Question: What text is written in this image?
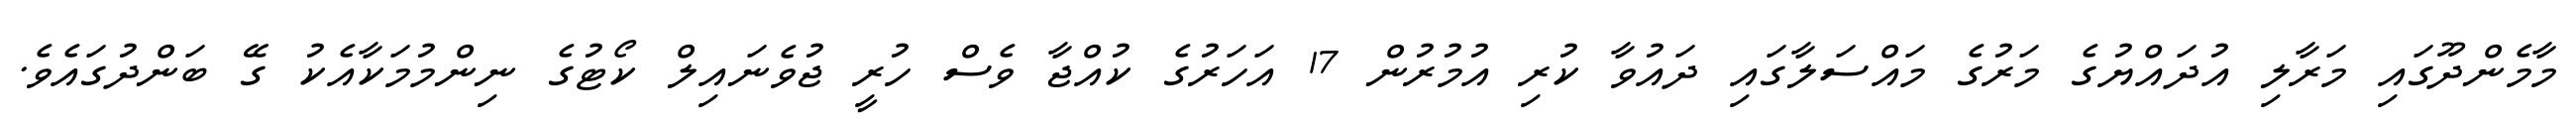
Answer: މާމެންދޫގައި މަރާލި އުދައްޔުގެ މަރުގެ މައްސަލާގައި ދައުވާ ކުރި އުމުރުން 17 އަހަރުގެ ކުއްޖާ ވެސް ހުރީ ޖުވެނައިލް ކޯޓުގެ ނިންމުމަކާއެކު ގޭ ބަންދުގައެވެ.